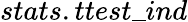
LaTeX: stats.ttest\_ ind